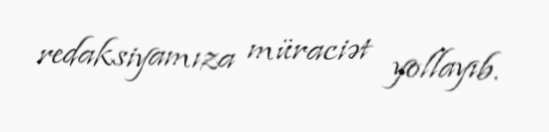
redaksiyamıza müraciət yollayıb.